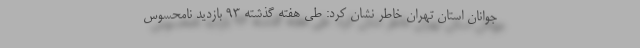
جوانان استان تهران خاطر نشان کرد: طی هفته گذشته ۹۳ بازدید نامحسوس